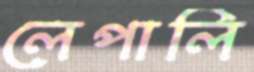
লেপালি